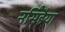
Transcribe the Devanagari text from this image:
नर्सिंहैया